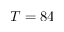
T = 8 4